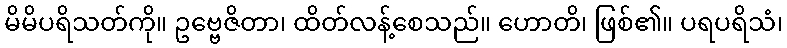
မိမိပရိသတ်ကို။ ဥဗ္ဗေဇိတာ၊ ထိတ်လန့်စေသည်။ ဟောတိ၊ ဖြစ်၏။ ပရပရိသံ၊